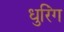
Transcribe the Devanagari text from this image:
धुरिंग